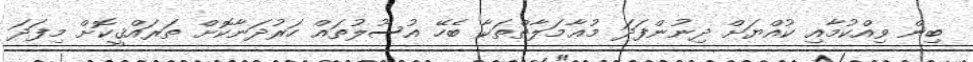
ބިން ވިއްކުމާއި ކުއްޔަށް ދިނުންފަދަ މުޢާމަލާތްތަކާ ބެހޭ އުސޫލުތައް ހަރުދަނާކޮށް ތަރައްޤީކޮށް މިފަދަ